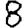
Digit: 8